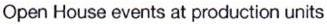
Open House events at production units